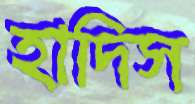
হাদিস